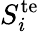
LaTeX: S_{i}^{\textrm{te}}